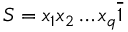
{ \cal S } = x _ { 1 } x _ { 2 } \dots x _ { q } \overline { { 1 } }